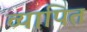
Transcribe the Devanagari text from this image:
व्यापित